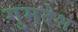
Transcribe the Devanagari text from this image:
गुमदेश